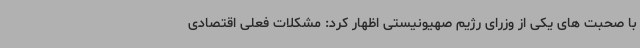
با صحبت های یکی از وزرای رژیم صهیونیستی اظهار کرد: مشکلات فعلی اقتصادی